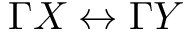
\Gamma X \leftrightarrow \Gamma Y